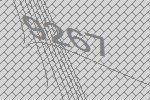
9267